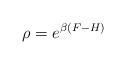
LaTeX: \begin{align*} \rho = e^{\beta(F - H)} \end{align*}